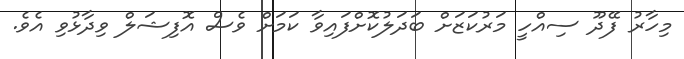
މިހާރު ފޭދޫ ސިއްހީ މަރުކަޒަށް ބަދަލުކޮށްފައިވާ ކަމަށް ވެސް އޮފިޝަލް ވިދާޅުވި އެވެ.